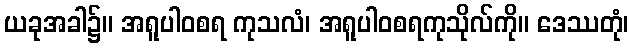
ယခုအခါ၌။ အရူပါဝစရ ကုသလံ၊ အရူပါဝစရကုသိုလ်ကို။ ဒေဿတုံ၊